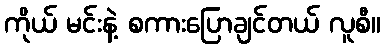
ကိုယ် မင်းနဲ့ စကားပြောချင်တယ် လူစီ။